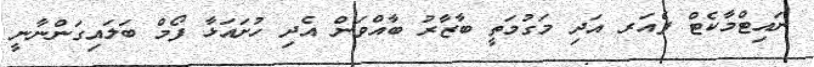
ނައިޓްމާކެޓް ފެއަރ އަދި މަގުމަތީ ބާޒާރު ބާއްވަން އެދި ހުށައަޅާ ފޯމް ބަލައިގަންނާނީ